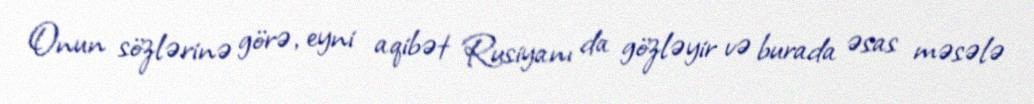
Onun sözlərinə görə, eyni aqibət Rusiyanı da gözləyir və burada əsas məsələ